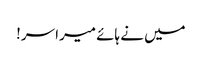
میں نے ہائے میرا سر!